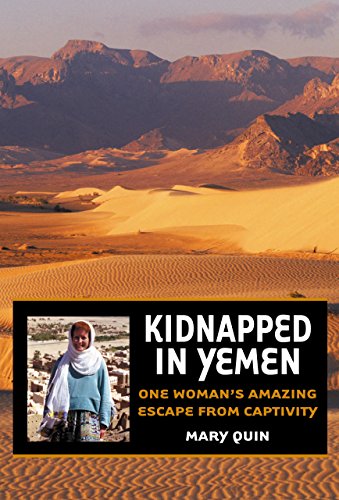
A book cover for Kidnapped in Yemen: One Woman's Amazing Escape from Captivity; Mary Quin; History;